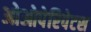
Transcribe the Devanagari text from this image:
ओओपेरिपेटस